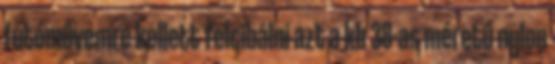
futóművemre kellett felcibálni azt a kb 38-as méretű nylon